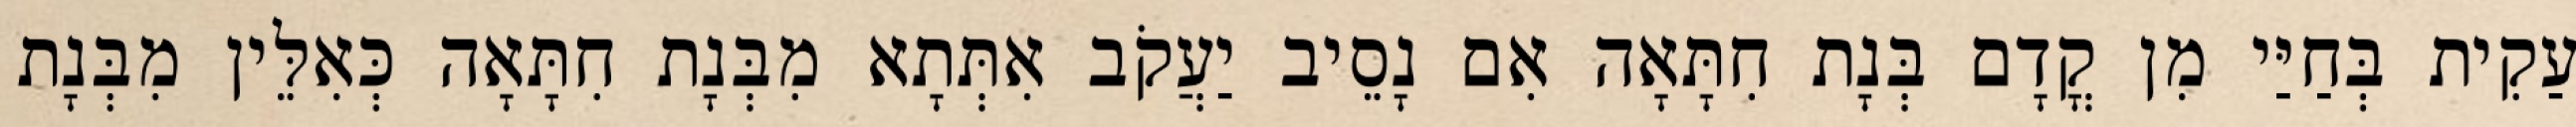
עַקִית בְּחַיַּי מִן קֳדָם בְּנָת חִתָּאָה אִם נָסֵיב יַעֲקֹב אִתְּתָא מִבְּנָת חִתָּאָה כְּאִלֵּין מִבְּנָת